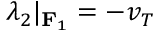
\lambda _ { 2 } | _ { \mathbf { F } _ { 1 } } = - v _ { T }